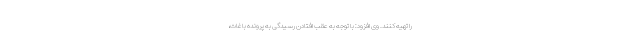
را تهیه کنند. وی افزود: با توجه به عقب افتادن رسیدگی به پرونده باغات،